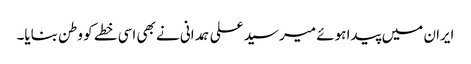
ایران میں پیدا ہوئے میر سید علی ہمدانی نے بھی اسی خطے کو وطن بنایا۔